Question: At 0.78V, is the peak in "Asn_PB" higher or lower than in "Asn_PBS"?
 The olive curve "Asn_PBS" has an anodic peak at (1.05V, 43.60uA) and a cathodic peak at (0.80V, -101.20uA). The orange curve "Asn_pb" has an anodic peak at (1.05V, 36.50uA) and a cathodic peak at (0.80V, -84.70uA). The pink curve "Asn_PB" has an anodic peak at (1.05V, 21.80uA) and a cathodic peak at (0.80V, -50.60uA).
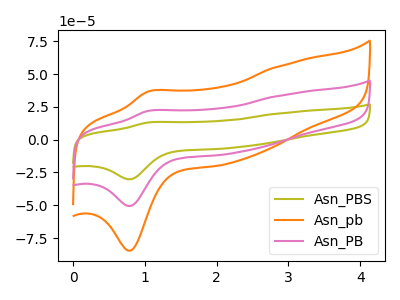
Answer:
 <answer>The peak at 0.78V is lower in "Asn_PB" than in "Asn_PBS".</answer>
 <eval>lower</eval>